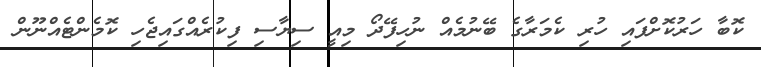
ކޮބާ ހަރުކޮށްފައި ހުރި ކެމަރާގެ ބޭނުމެއް ނުހިފޭދޯ މިއީ ސިޔާސި ފިކުރެއްގައިޖެހި ކޮމެންޓެއްނޫން